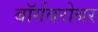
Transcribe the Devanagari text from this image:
बॉर्गबरोबर